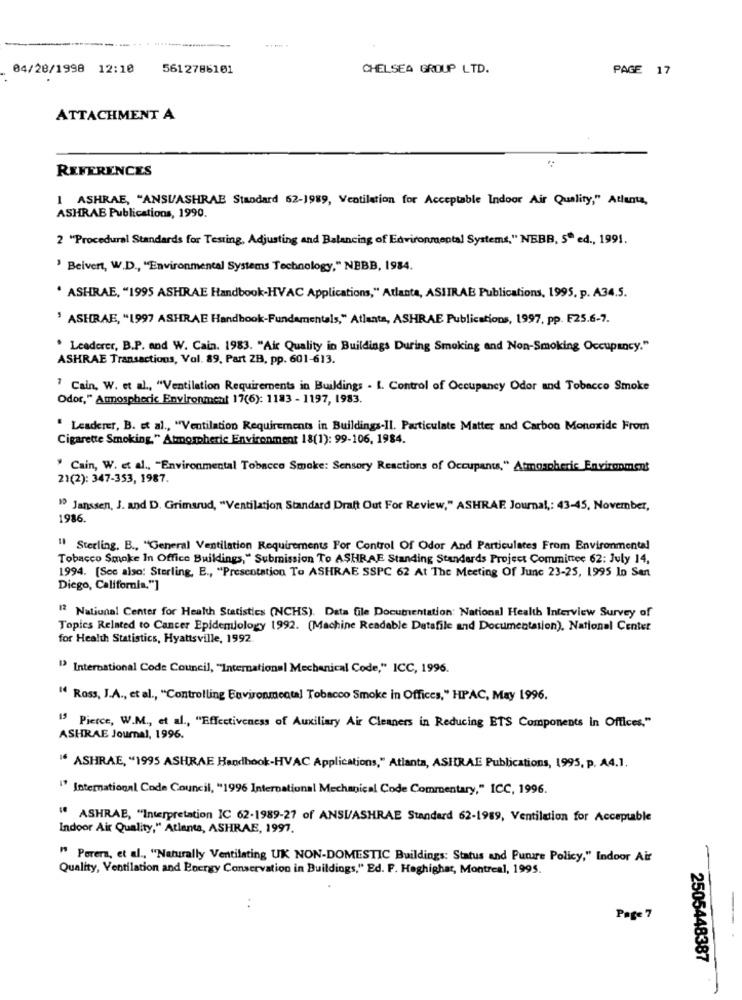
04/28/1998 12:10
5612786101
CHELSEA GROUP LTD.
PAGE 17
ATTACHMENT A
REFERENCES
I ASHRAE, "ANSUASHRAE Standard 62-1989, Ventilation for Acceptable Indoor Air Quality," Atlanta,
ASHRAB Publications, 1990.
2 "Procedural Standards for Testing, Adjusting and Balancing of Environmental Systems," NEBB, 5" ed ., 1991.
' Beivert, W.D ., "Environmental Systems Technology," NBBB, 1984.
. ASHRAE, "1995 ASHRAE Handbook-HVAC Applications," Atlanta, ASIIRAB Publications, 1995, p. A34.5.
' ASHRAE, "1997 ASHRAE Handbook-Fundamentals," Atlanta, ASHRAE Publications, 1997, pp. F25.6-7.
. Leaderer, B.P. and W. Cain. 1983. "Air Quality in Buildings During Smoking and Non-Smoking Occupancy."
ASHRAE Transactions, Vol. 89. Part ZB, pp. 601-613.
7 Cain, W. et al ., "Ventilation Requirements in Buildings . I. Control of Occupancy Odor and Tobacco Smoke
Odor," Atmospheric Environment 17(6): 1183 - 1197, 1983.
" Leaderer, B. et al ., "Ventilation Requirements in Buildings-Il. Particulate Matter and Carbon Monoxide From
Cigarette Smoking." Atmospheric Environment 18(1): 99-106, 1984.
" Cain, W. et al ., "Environmental Tobacco Smoke: Sensory Reactions of Occupants," Atmospheric Environment
21(2): 347-353, 1987.
" Janssen, J. and D. Grimsrud, "Ventilation Standard Draft Out For Review," ASHRAF. Journal ,: 43-45, November,
1986.
" Sterling, B ., "General Ventilation Requirements For Control Of Odor And Particulates From Environmental
Tobacco Smoke In Office Buildings," Submission To ASHRAE Standing Standards Project Committee 62: July 14,
1994. [See also: Sterling, E ., "Presentation To ASHRAE SSPC 62 At The Meeting Of June 23-25, 1995 In Sant
Diego, California."]
12 National Center for Health Statistics (NCHS). Data file Documentation: National Health Interview Survey of
Topics Related to Cancer Epidemiology 1992. (Machine Readable Datafile and Documentation), National Center
for Health Statistics, Hyattsville, 1992.
" International Code Council, "International Mechanical Code," ICC, 1996.
" Ross, J.A ., et al ., "Controlling Environmental Tobacco Smoke in Offices," HPAC, May 1996.
13 Pierce, W.M ., et al ., "Effectiveness of Auxiliary Air Cleaners in Reducing ETS Components in Offices."
ASHRAE Journal, 1996.
" ASHRAE, "1995 ASHRAE Handbook-HVAC Applications," Atlanta, ASHRAE Publications, 1995, p. A4.1.
" International Code Council, "1996 International Mechanical Code Commentary," ICC, 1996.
" ASHRAE, "Interpretation IC 62-1989-27 of ANSI/ASHRAE Standard 62-1989, Ventilation for Acceptable
Indoor Air Quality," Atlanta, ASHRAE, 1997.
" Porera, et al ., "Naturally Ventilating UK NON-DOMESTIC Buildings: Status and Puture Policy," Indoor Air
-
Quality, Ventilation and Energy Conservation in Buildings," Ed. F. Heghighat, Montreal, 1995.
Page 7
2505448387